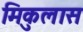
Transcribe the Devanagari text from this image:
मिकुलास